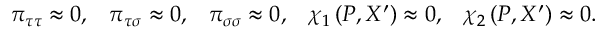
\begin{array} { c c c c c } { { \pi _ { \tau \tau } \approx 0 , } } & { { \pi _ { \tau \sigma } \approx 0 , } } & { { \pi _ { \sigma \sigma } \approx 0 , } } & { { \chi _ { 1 } \left( P , X ^ { \prime } \right) \approx 0 , } } & { { \chi _ { 2 } \left( P , X ^ { \prime } \right) \approx 0 . } } \end{array}